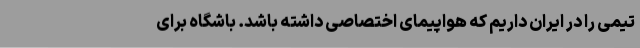
تیمی را در ایران داریم که هواپیمای اختصاصی داشته باشد. باشگاه برای